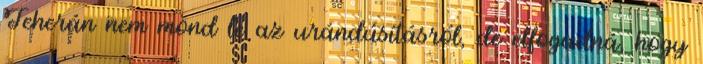
Teherán nem mond le az urándúsításról, de elfogadná, hogy